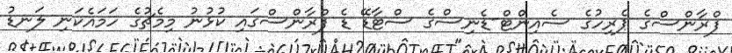
ފްރާންސްގެ ޕެރިހުގެ ސެއިންޓް-ޑެނިސްގެ ސްޓާޑޭ ޑެ ފްރާންސްގައި ކުޅުނު މިމެޗުގެ ހަމައެކަނި ލަނޑު